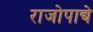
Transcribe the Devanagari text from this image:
राजोपाद्ये